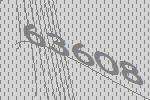
63608